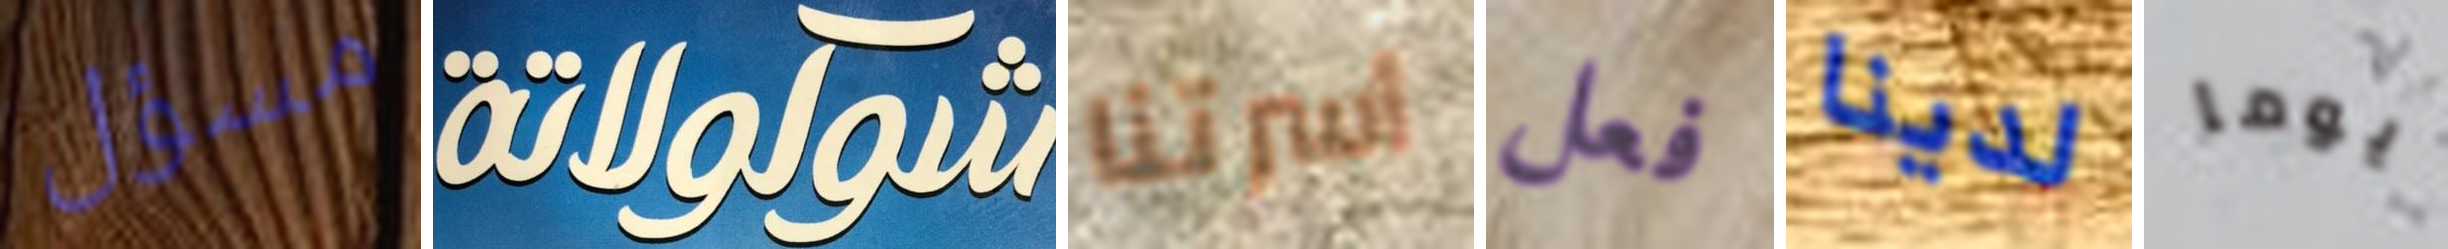
مسؤل شوكولاتة أسرتنا فعل لدينا يوما